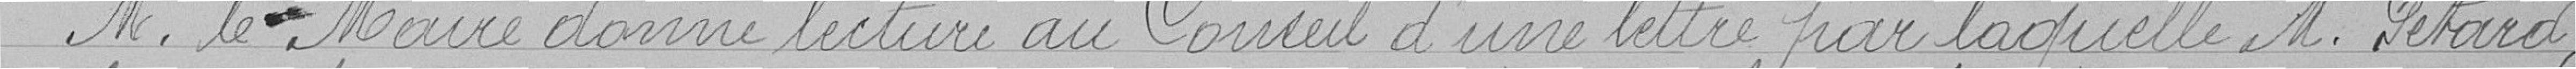
M. le Maire donne lecture au Conseil d'une lettre par laquelle M. Pétard,